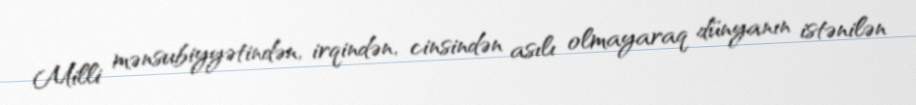
Milli mənsubiyyətindən, irqindən, cinsindən asılı olmayaraq dünyanın istənilən